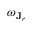
\omega _ { \mathbf { J } _ { r } }